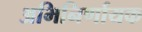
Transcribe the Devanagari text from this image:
अभिनिर्णायक